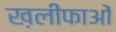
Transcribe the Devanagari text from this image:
ख़लीफाओं